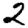
Digit: 2